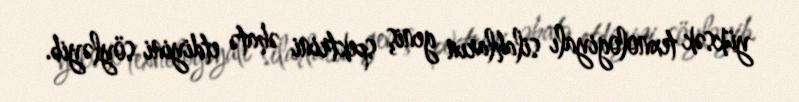
yüksək texnologiyalı silahların geniş spektrini əhatə etdiyini söyləyib.